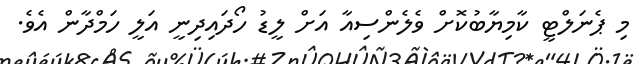
މި ޕެނަލްޓީ ކާމިޔާބުކޮށް ވެލެންސިއާ އަށް ލީޑު ހޯދައިދިނީ އަލީ ހަމްދާން އެވެ.